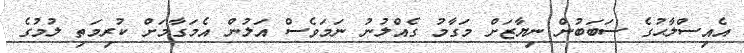
އެއިސްލާޙުގެ ސަބަބުން ނިޔާޒަށް މަގާމު ގެއްލުނު ނަމަވެސް އަލުން އެމަގާމަށް ކުރިމަތި ލުމުގެ